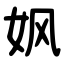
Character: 㚯